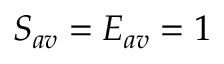
S _ { a v } = E _ { a v } = 1